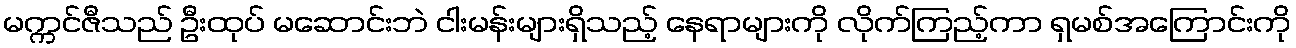
မက္ကင်ဇီသည် ဦးထုပ် မဆောင်းဘဲ ငါးမန်းများရှိသည့် နေရာများကို လိုက်ကြည့်ကာ ရှမစ်အကြောင်းကို